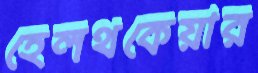
হেলথকেয়ার